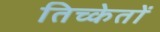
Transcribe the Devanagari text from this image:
तिच्केतों